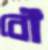
বৌ